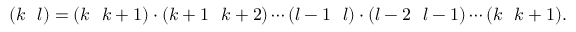
( k ~ ~ l ) = ( k ~ ~ k + 1 ) \cdot ( k + 1 ~ ~ k + 2 ) \cdots ( l - 1 ~ ~ l ) \cdot ( l - 2 ~ ~ l - 1 ) \cdots ( k ~ ~ k + 1 ) .